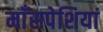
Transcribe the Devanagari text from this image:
माँसपेशियां